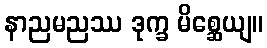
နာညမညဿ ဒုက္ခ မိစ္ဆေယျ။